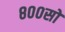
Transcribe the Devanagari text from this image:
८००सो